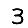
Digit: 3